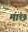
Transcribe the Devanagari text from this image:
मांछ